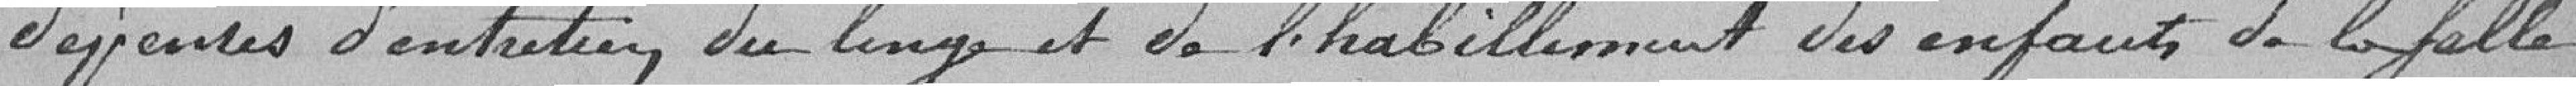
dépenses d'entretien du linge et de l'habillement des enfants de la salle